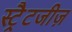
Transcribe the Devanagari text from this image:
स्ट्रैटजीज़